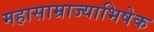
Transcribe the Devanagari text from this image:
महासाम्राज्याभिषेक